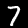
Label: 7